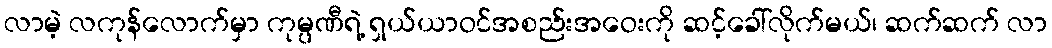
လာမဲ့ လကုန်လောက်မှာ ကုမ္ပဏီရဲ့ ရှယ်ယာဝင်အစည်းအဝေးကို ဆင့်ခေါ်လိုက်မယ်၊ ဆက်ဆက် လာ